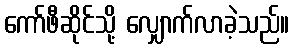
ကော်ဖီဆိုင်သို့ လျှောက်လာခဲ့သည်။